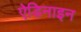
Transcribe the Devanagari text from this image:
ऐडिनाइन